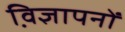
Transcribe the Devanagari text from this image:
वि़ज्ञापनों